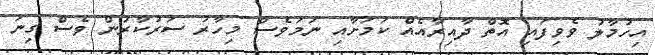
އިހުމާލު ވެވިފައި އޮތް ދާއިރާއެއް ކަމަށާއި ނަމަވެސް މިހާރު ސަރުކާރުން ވެސް ގިނަ